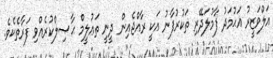
އަލްވަޒީރު އަޙުމަދު ފާމުލަދޭރި ތަކުރުފާނު އަކީ ރާއްޖެއިން ދީނީ ތަޢުލީމް ޙާޞިލްކުރެއްވި ފަރާތެކެވެ.